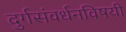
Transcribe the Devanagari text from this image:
दुर्गसंवर्धनविषयी